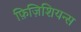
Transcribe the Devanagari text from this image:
फ़िज़िशियन्स